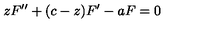
z F ^ { \prime \prime } + ( c - z ) F ^ { \prime } - a F = 0